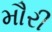
મૌરી